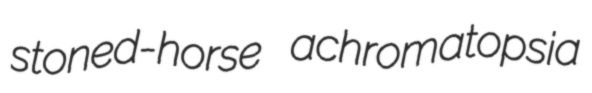
stoned-horse achromatopsia